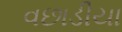
વછાડીયા